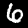
Label: 6